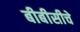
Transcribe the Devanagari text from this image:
बीबीसीचे